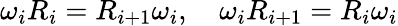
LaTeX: \omega_{i}R_{i}=R_{i+1}\omega_{i},\quad\omega_{i}R_{i+1}=R_{i}\omega_{i}